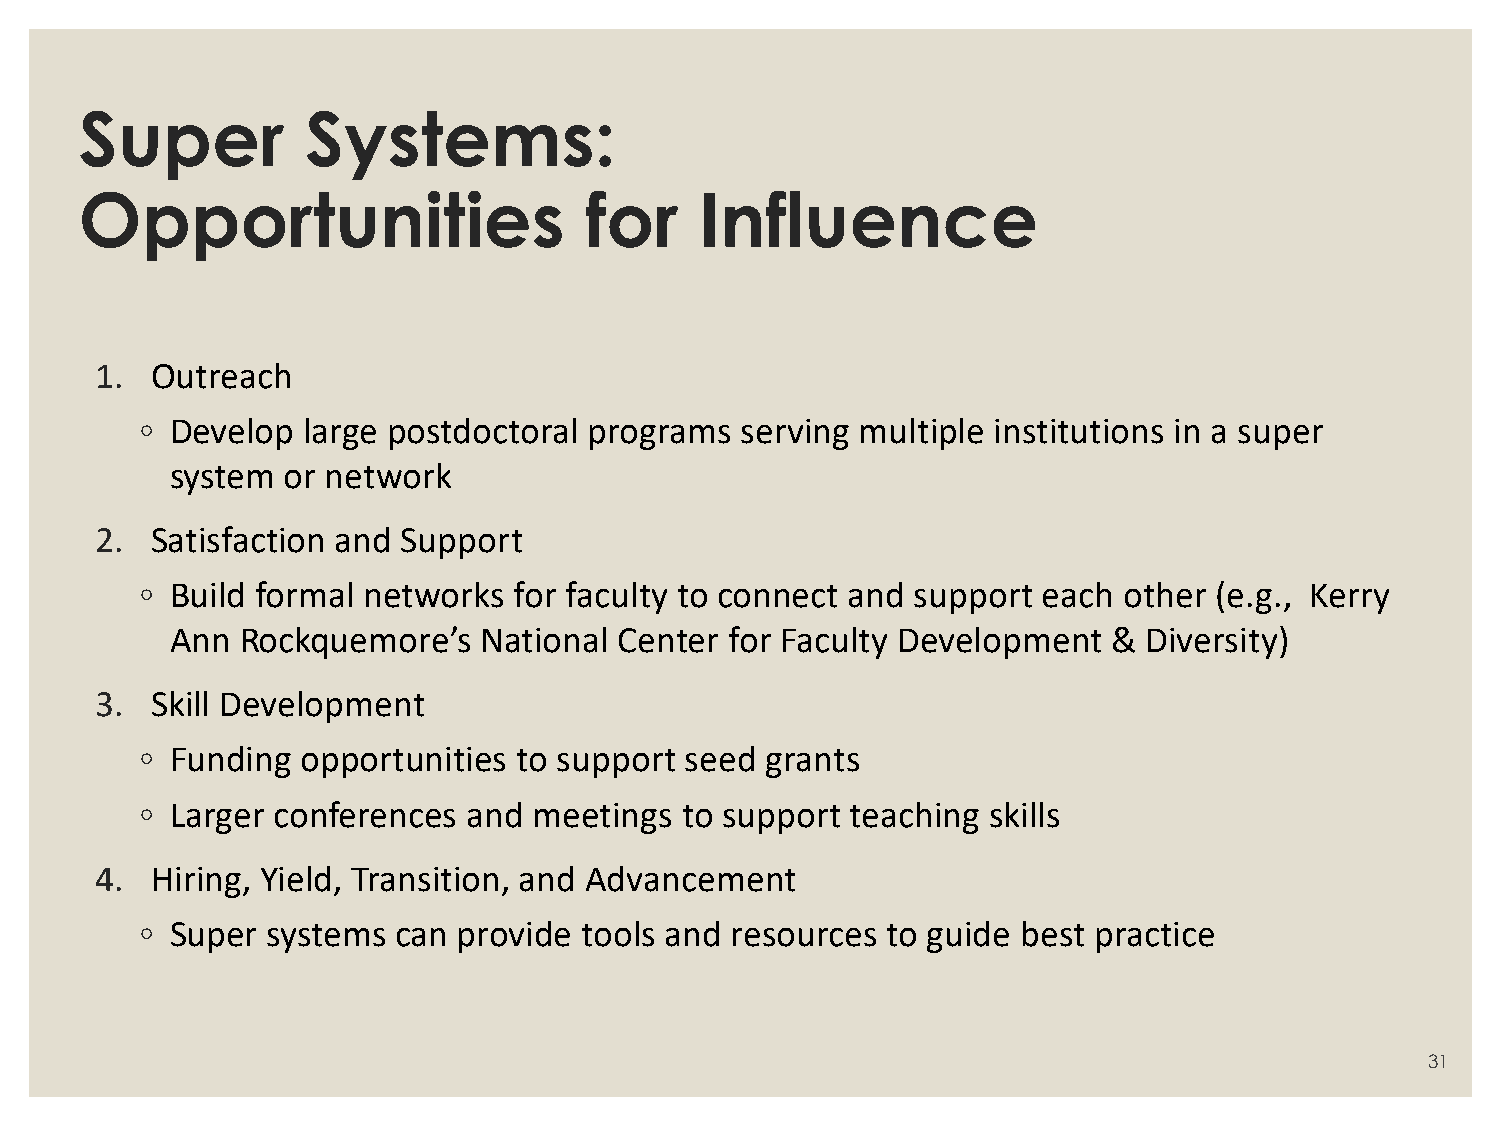
Super          Systems:
 Opportunities                     for    Influence
 1.  Outreach
 ◦ Develop  large postdoctoral programs  serving multiple institutions in a super
 system  or network
 2.  Satisfaction and Support
 ◦ Build formal networks  for faculty to connect and support each other (e.g., Kerry
 Ann  Rockquemore’s   National Center for Faculty Development   & Diversity)
 3.  Skill Development
 ◦ Funding  opportunities to support seed  grants
 ◦ Larger conferences  and meetings  to support teaching  skills
 4.  Hiring, Yield, Transition, and Advancement
 ◦ Super  systems can provide  tools and resources to guide best practice
 31